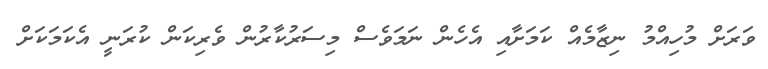
ވަރަށް މުހިއްމު ނިޒާމެއް ކަމަށާއި އެހެން ނަމަވެސް މިސަރުކާރުން ވެރިކަން ކުރަނީ އެކަމަކަށް